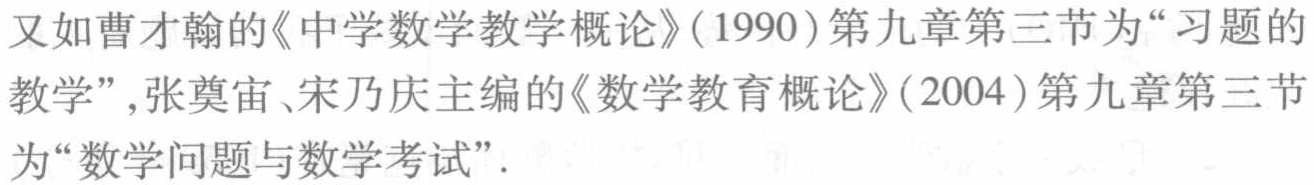
又如曹才翰的《中学数学教学概论》(1990)第九章第三节为“习题的
教学”,张奠宙、宋乃庆主编的《数学教育概论》(2004)第九章第三节
为“数学问题与数学考试”.